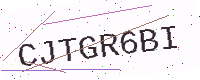
Text: CJTGR6BI